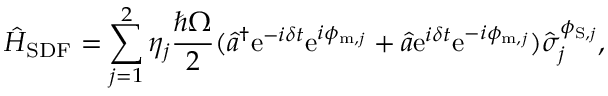
\hat { H } _ { \mathrm { S D F } } = \sum _ { j = 1 } ^ { 2 } \eta _ { j } \frac { \hbar \Omega } { 2 } ( \hat { a } ^ { \dagger } \mathrm { e } ^ { - i \delta t } \mathrm { e } ^ { i \phi _ { \mathrm { m } , j } } + \hat { a } \mathrm { e } ^ { i \delta t } \mathrm { e } ^ { - i \phi _ { \mathrm { m } , j } } ) \hat { \sigma } _ { j } ^ { \phi _ { \mathrm { S } , j } } ,